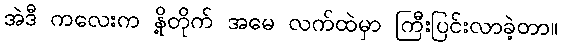
အဲဒီ ကလေးက နို့တိုက် အမေ လက်ထဲမှာ ကြီးပြင်းလာခဲ့တာ။